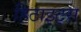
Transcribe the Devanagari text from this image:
हिटाइट्स